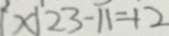
[ x \vert 2 3 - 1 1 = 1 2